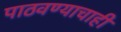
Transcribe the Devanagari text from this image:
पाठवण्याचाही